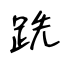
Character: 跣